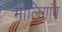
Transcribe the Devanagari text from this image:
मालिगांव